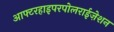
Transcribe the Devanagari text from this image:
आफ्टरहाइपरपोलराईज़ेशन